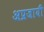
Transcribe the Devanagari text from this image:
अप्रजायी